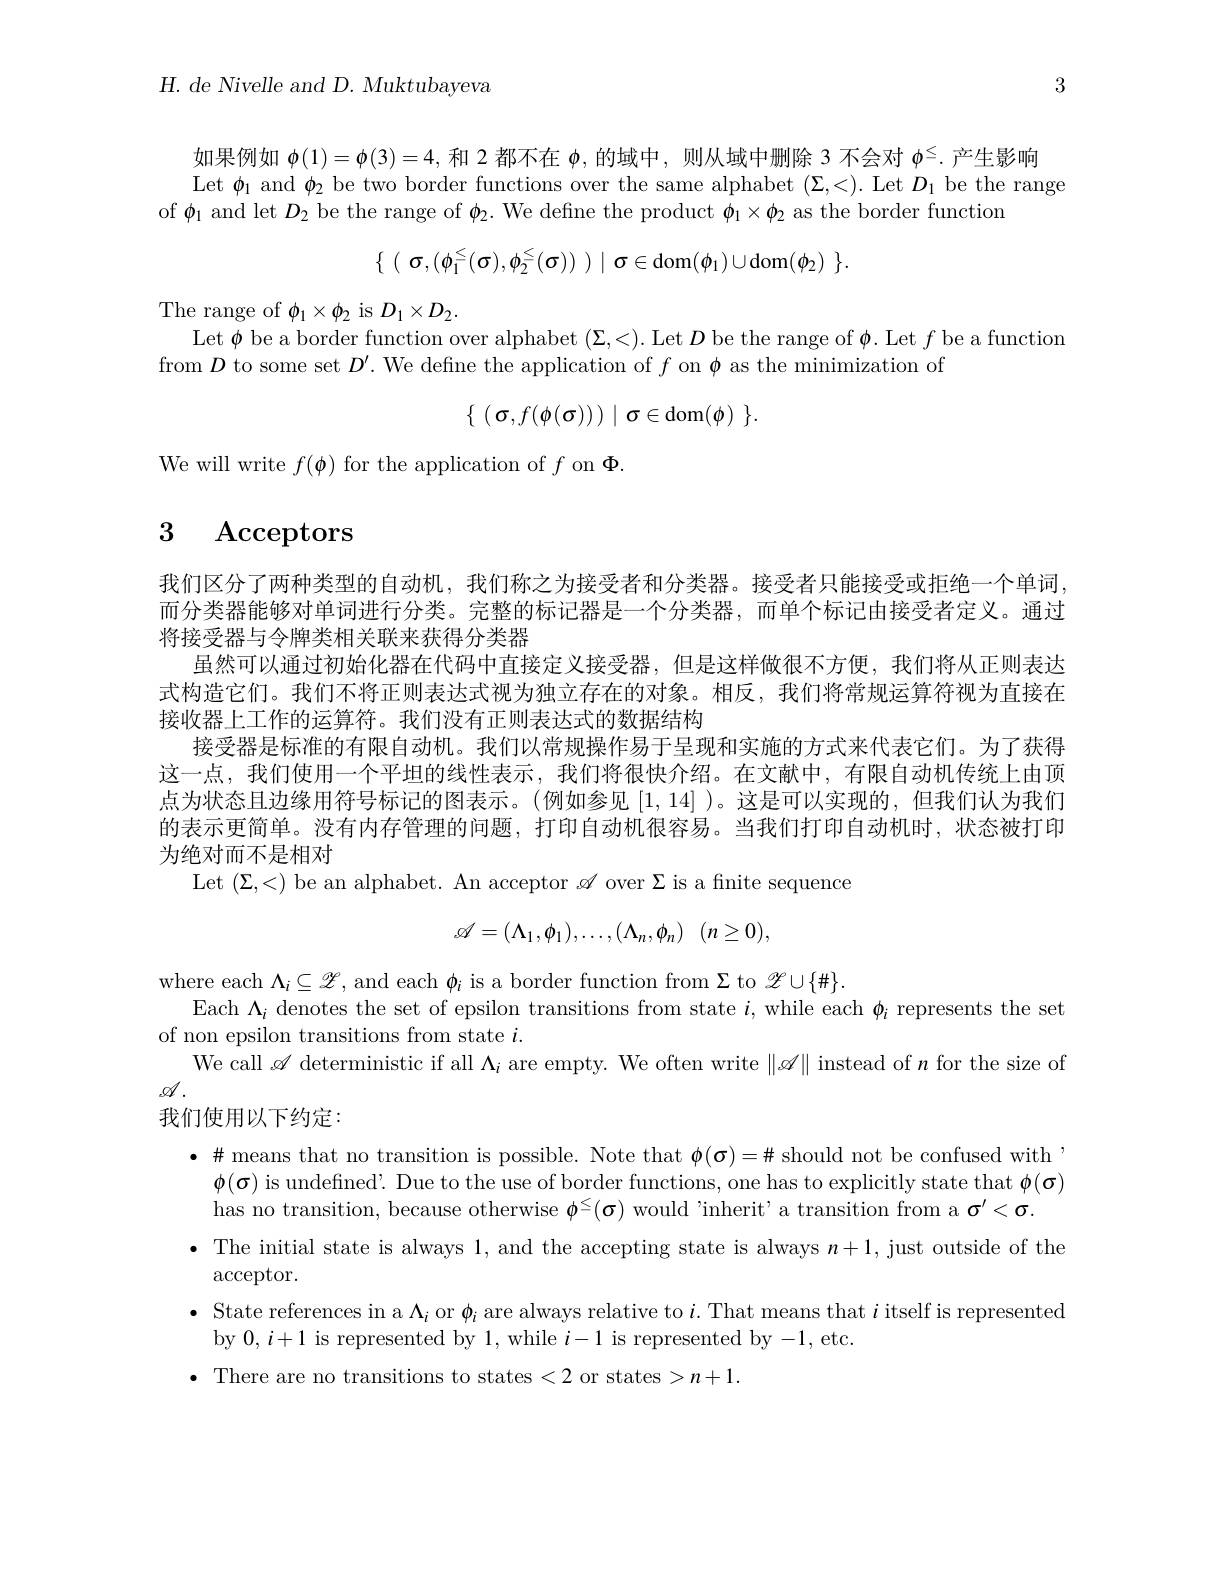
$H.$ de Nivelle and $D.$ Muktubayeva

3

如果例如$\phi(1)=\phi(3)=4$,和 2 都不在$\phi$,的域中，则从域中删除 3 不会对$\phi^\leq.$产生影响
Let $\phi_1$ and $\phi_2$ be two border functions over the same alphabet $(\Sigma,<).$ Let $D_1$ be the range
of $\phi_{1}$ and let $D_{2}$ be the range of $\phi_{2}.$ We define the product $\phi_{1}\times\phi_{2}$ as the border functiom
$$\{\begin{array}{c}(\begin{array}{c}\sigma,(\phi_1^\leq(\sigma),\phi_2^\leq(\sigma))\end{array})\mid\sigma\in\operatorname{dom}(\phi_1)\cup\operatorname{dom}(\phi_2)\end{array}\}.$$
The range of $\phi_1\times\phi_2$ is $D_1\times D_2.$
Let $\phi$ be a border function over alphabet $(\Sigma,<).$ Let $D$ be the range of $\phi.$ Let $f$ be a function
from $D$ to some set $D^\prime.$ We define the application of $f$ on $\phi$ as the minimization of
$$\{\:(\:\sigma,f(\phi(\sigma))\:)\:\mid\sigma\in\mathrm{dom}(\phi)\:\}.$$
We will write $f(\boldsymbol{\phi})$ for the application of $f$ on $\Phi.$

# 3 Acceptors

我们区分了两种类型的自动机，我们称之为接受者和分类器。接受者只能接受或拒绝一个单词。而分类器能够对单词进行分类。完整的标记器是一个分类器，而单个标记由接受者定义。通过将接受器与令牌类相关联来获得分类器
虽然可以通过初始化器在代码中直接定义接受器，但是这样做很不方便，我们将从正则表达式构造它们。我们不将正则表达式视为独立存在的对象。相反，我们将常规运算符视为直接在接收器上工作的运算符。我们没有正则表达式的数据结构
接受器是标准的有限自动机。我们以常规操作易于呈现和实施的方式来代表它们。为了获得这一点，我们使用一个平坦的线性表示，我们将很快介绍。在文献中，有限自动机传统上由顶点为状态且边缘用符号标记的图表示。(例如参见[1,14] )。这是可以实现的，但我们认为我们的表示更简单。没有内存管理的问题，打印自动机很容易。当我们打印自动机时，状态被打印为绝对而不是相对

Let $(\Sigma,<)$ be an alphabet. An acceptor $\mathscr{A}$ over $\Sigma$ is a fnite sequence
$$\mathscr{A}=(\Lambda_1,\phi_1),\ldots,(\Lambda_n,\phi_n)\:(n\geq0),$$
where each $\Lambda_i\subseteq\mathscr{L}$, and each $\phi_i$ is a border function from $\Sigma$ to $\mathscr{L}\cup\{\#\}.$
Each $\Lambda_{i}$ denotes the set of epsilon transitions from state $i$, while each $\phi_i$ represents the set
of non epsilon transitions from state $i.$
We call $\mathscr{A}$ deterministic if all $\Lambda_i$ are empty. We often write $\|\mathscr{A}\|$ instead of $n$ for the size of
$\mathscr{M}.$
我们使用以下约定：
$\bullet\#$ means that no transition is possible. Note that $\phi(\sigma)=\#$ should not be confused with , $\phi(\boldsymbol{\sigma})$ is undefined'. Due to the use of border functions, one has to explicitly state that $\phi(\boldsymbol\sigma)$ has no transition, because otherwise $\phi^\leq(\sigma)$ would 'inherit'a transition from a $\sigma^\prime<\sigma.$
· The initial state is always 1, and the accepting state is always $n+1$, just outside of the
$\operatorname{acceptor}.$
· State references in a $\Lambda_i$ or $\phi_i$ are always relative to $i.$ That means that $i$ itself is represented
by $0,i+1$ is represented by 1,while $i-1$ is represented by-1,etc.
There are no transitions to states <2 or states >n+1.